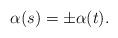
LaTeX: \begin{align*}\alpha(s)=\pm\alpha(t).\end{align*}